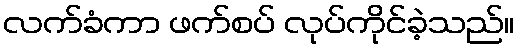
လက်ခံကာ ဖက်စပ် လုပ်ကိုင်ခဲ့သည်။